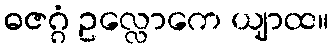
ဓဇဂ္ဂံ ဥလ္လောကေ ယျာထ။